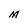
Character: M